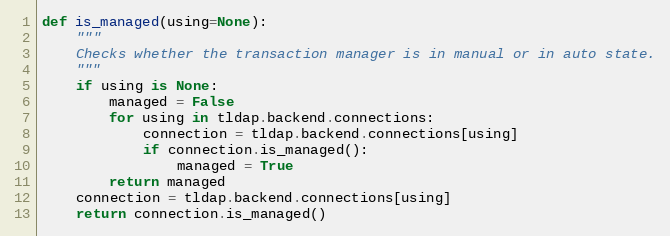
Language: Python
def is_managed(using=None):
    """
    Checks whether the transaction manager is in manual or in auto state.
    """
    if using is None:
        managed = False
        for using in tldap.backend.connections:
            connection = tldap.backend.connections[using]
            if connection.is_managed():
                managed = True
        return managed
    connection = tldap.backend.connections[using]
    return connection.is_managed()